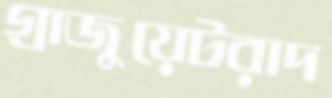
গ্রাজুয়েটরাদ